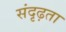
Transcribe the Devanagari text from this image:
संदृढ़ता